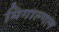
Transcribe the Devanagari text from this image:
मिगाल्गल